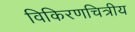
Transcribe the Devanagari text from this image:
विकिरणचित्रीय